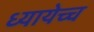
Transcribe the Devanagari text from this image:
ध्यायेच्च